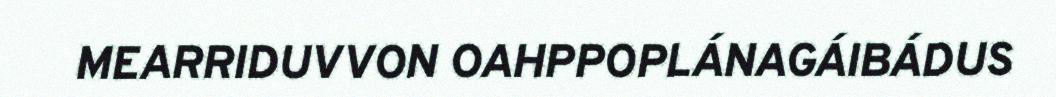
MEARRIDUVVON OAHPPOPLÁNAGÁIBÁDUS